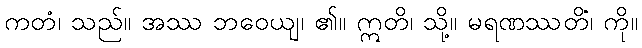
ကတံ၊ သည်။ အဿ ဘဝေယျ၊ ၏။ ဣတိ၊ သို့။ မရဏဿတိံ၊ ကို။